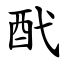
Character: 䣧